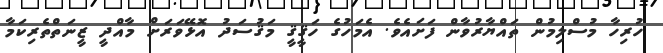
ހުރިހާ މުސްލިމުން ތައްޔާރުވާން ފަށައެވެ. އެމަހުގެ ހަޤީޤީ މަޤުސަދު އޮޅޭވަރަށް މާއްދީ ޒީނަތްތެރިކަމާ